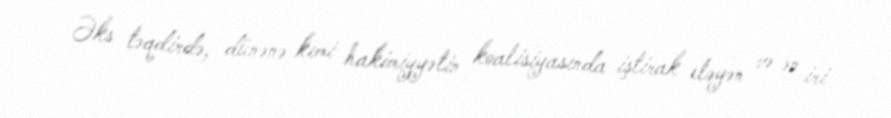
Əks təqdirdə, dünənə kimi hakimiyyətin koalisiyasında iştirak eləyən və ən iri